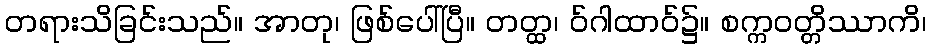
တရားသိခြင်းသည်။ အာတု၊ ဖြစ်ပေါ်ပြီ။ တတ္ထ၊ ဝ်ဂါထာဝ်၌။ စက္ကဝတ္တိဿာကိ၊